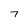
Character: 7